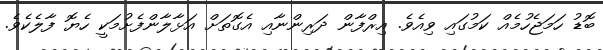
ބޮޑު ހަމަޖެހުމެއް ކަމުގައި ވިއެވެ. އިރްފާން ދަރިންނާއި އެގޮތަށް އަޅާލާންފެށުމަކީ ހެޔޮ ފާލެކެވެ.